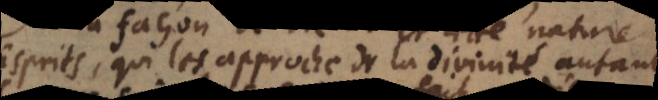
Esprits, qui les approche de la divinité autant